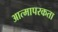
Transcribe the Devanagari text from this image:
आत्मापरकता